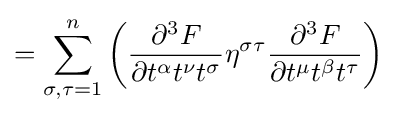
\displaystyle =\sum _{\sigma ,\tau =1}^{n}\left({\partial ^{3}F \over \partial t^{\alpha }t^{\nu }t^{\sigma }}\eta ^{\sigma \tau }{\partial ^{3}F \over \partial t^{\mu }t^{\beta }t^{\tau }}\right)